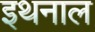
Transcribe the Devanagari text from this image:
इथनाल